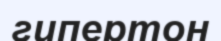
гипертон